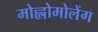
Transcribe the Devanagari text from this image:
मोह्लोमोलेंग